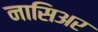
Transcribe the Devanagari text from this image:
नासिअर